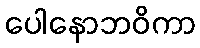
ပေါနောဘဝိကာ